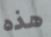
هذه